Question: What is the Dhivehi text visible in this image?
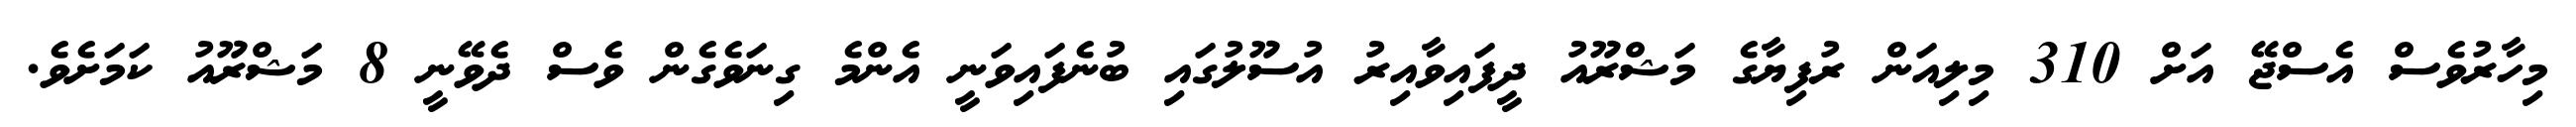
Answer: މިހާރުވެސް އެސްޖޭ އަށް 310 މިލިއަން ރުފިޔާގެ މަޝްރޫއު ދީފައިވާއިރު އުސޫލުގައި ބުނެފައިވަނީ އެންމެ ގިނަވެގެން ވެސް ދެވޭނީ 8 މަޝްރޫއު ކަމަށެވެ.